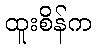
ထူးစိန်က